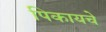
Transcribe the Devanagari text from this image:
पिकायचे